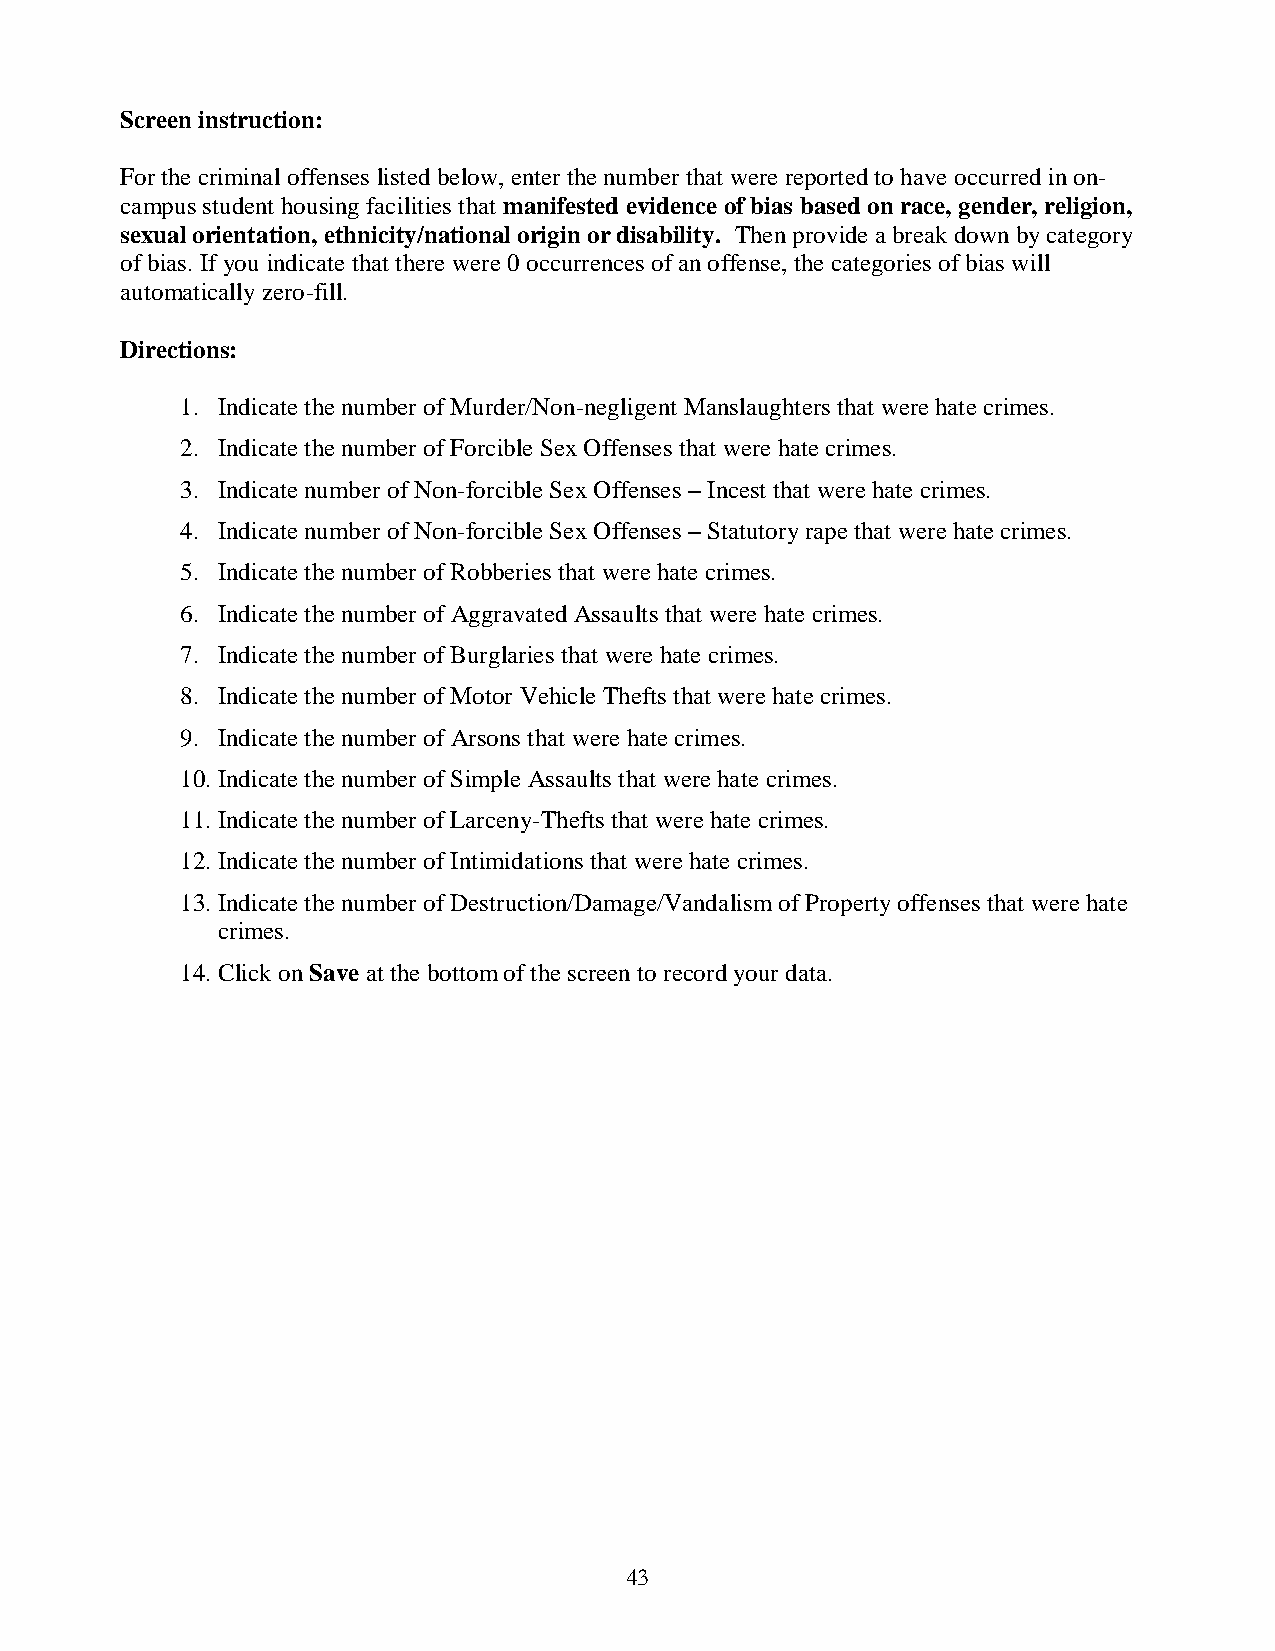
Screen instruction:
 For the criminal offenses listed below, enter the number that were reported to have occurred in on-
 campus student housing facilities that manifested evidence of bias based on race, gender, religion,
 sexual orientation, ethnicity/national origin or disability. Then provide a break down by category
 of bias. If you indicate that there were 0 occurrences of an offense, the categories of bias will
 automatically zero-fill.
 Directions:
 1. Indicate the number of Murder/Non-negligent Manslaughters that were hate crimes.
 2. Indicate the number of Forcible Sex Offenses that were hate crimes.
 3. Indicate number of Non-forcible Sex Offenses – Incest that were hate crimes.
 4. Indicate number of Non-forcible Sex Offenses – Statutory rape that were hate crimes.
 5. Indicate the number of Robberies that were hate crimes.
 6. Indicate the number of Aggravated Assaults that were hate crimes.
 7. Indicate the number of Burglaries that were hate crimes.
 8. Indicate the number of Motor Vehicle Thefts that were hate crimes.
 9. Indicate the number of Arsons that were hate crimes.
 10. Indicate the number of Simple Assaults that were hate crimes.
 11. Indicate the number of Larceny-Thefts that were hate crimes.
 12. Indicate the number of Intimidations that were hate crimes.
 13. Indicate the number of Destruction/Damage/Vandalism of Property offenses that were hate
 crimes.
 14. Click on Save at the bottom of the screen to record your data.
 43